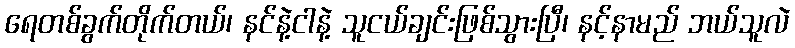
ရေတစ်ခွက်တိုက်တယ်၊ နင်နဲ့ငါနဲ့ သူငယ်ချင်းဖြစ်သွားပြီ၊ နင့်နာမည် ဘယ်သူလဲ